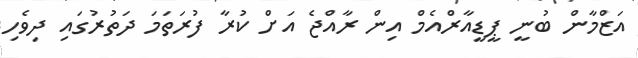
އަޒްމާން ބުނީ ޕީޑީއާރްއެމް އިން ރާއްޖެ އަށް ކުރާ ފުރަތަމަ ދަތުރުގައި ދިވެހި